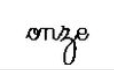
onze